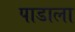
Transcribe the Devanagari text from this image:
पाडाला